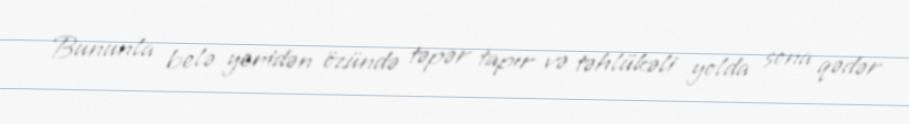
Bununla belə yenidən özündə təpər tapır və təhlükəli yolda sona qədər